King Institute of Preventive Medicine Micro-Biological Section reports 1909-11
Year: 1909
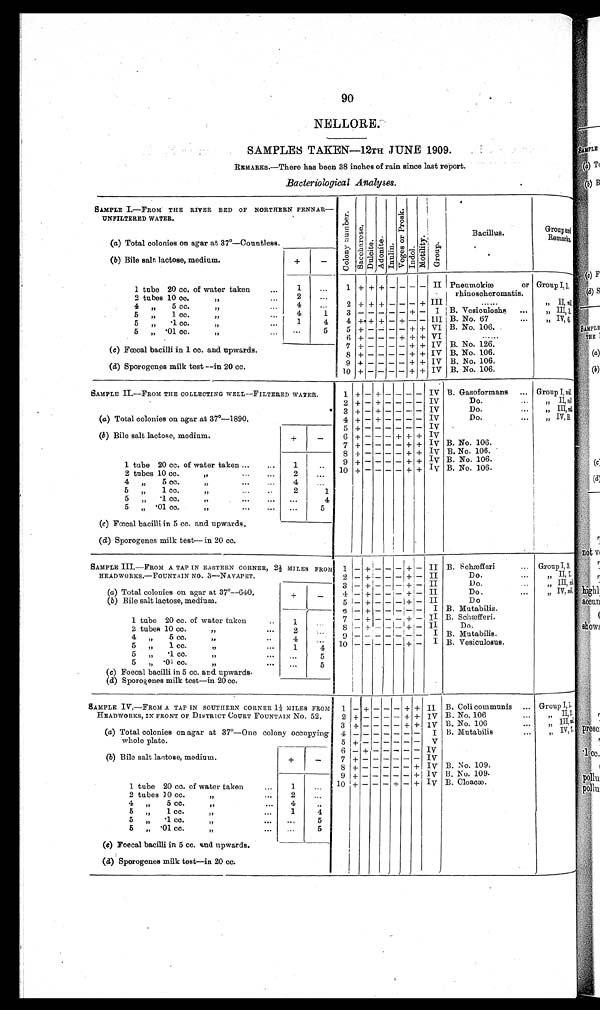
90
NELLORE.
SAMPLES TAKEN—12TH JUNE 1909.
R E M A R K S . — T h e r e h a s b e e n 3 8 i n c h e s o f r a i n s i n c e l a s t r e p o r t . .
Bacteriological Analyses.
SAMPLE I.—FROM THE RIVER BED OF NORTHERN PENNAR—
UNFILTERED WATER.
C o l o n y n u m b e r .
S a c c h a r o s e .
Du l c i t e .
Ad o n i t e .
Inul i n.
Vo g e s o r P r o s k .
I ndol .
Mo t i l i t y .
G r o u p .
Bacillus.
Group and
Remarks.
(a) Total colonies on agar at 37°—Countless.
( b) Bile salt lactose, medium.
+
—
1 tube 20 cc. of water taken
1
...
1 + + + — — — — II Pneumokiæ or
rhinoscheromatis.
Group I, 1.
2 tubes 10 cc.
,,
2
. . .
4 ,,
5 c c . , ,
4
...
2 + + + — — — + III
. . . . . .
,,
II, ni l .
5 „ 1 cc.
,,
...
4
1
3 ————— + — I B. Vesiculoshs
...
„ III , 3.
5
,,
. 1 c c . ,,
1
4
4 + + + — + — — III B. No. 67
...
„ IV, 6.
5
,,
.
0 1 c c .
,,
. . .
5
5 + — ———+ + VI B. No. 106.
6 + — — — + + + VI
......
7 + — — — — + + IV B. No. 126.
(c) Fœcal bacilli i n 1 cc. and upwar ds.
8 + — — — — + + IV B. No. 106.
(d) Sporogenes milk test — in 20 cc.
9 + — — — — + + IV B. No. 106.
10 + ———— + + IV
B. No. 106.
SAMPLE II.—FROM THE COLLECTING WELL—FILTERED WATER.
1
+ — + — — — — IV B. Gasoformans ... Group I, ni l .
2 + — + — ——— IV
Do.
...
„ II, nil.
3 + — + — ——— IV
Do.
...
„ III, nil.
(a) Total colonies on agar at 37°—1890.
4 + — + — — — — IV
Do.
...
„ IV, B.
5 + —————— IV
(b ) Bile salt lactose, medium.
+
—
6 + — — — + + + IV
7 + — — — — + + IV B. No. 106.
8 + — — — — + + IV B. No. 106.
1 tube 20 cc. of water taken ...
...
1
. . 9 + — — — — + + IV B. No. 106.
2 tubes 10 cc.
„
...
...
2
...
10 + — — — — + + IV B. No. 106.
4 „ 5 cc.
„
...
...
4
. . .
5 „
1 cc.
„
...
..
2
1
5 „ .1 cc.
„
...
. ..
. . .
4
5 „ .01 cc.
„
...
...
. . .
5
(c) Fœcal bacilli in 5 cc. and upwards.
( d) Sporogenes milk test— in 20 cc.
SAMPLE III.—FROM A TAP IN EASTERN CORNER, 2½ MILES FROM
HEADWORKS.—FOUNTAIN NO. 3—NAVAPET.
1 — + — — — + — II B. Schæfferi ...
Group I, 3.
2 — + — — — + — II
Do.
..
„ II, 7.
3 —+
—
— — + — II
Do.
...
„ III, nil.
(a) Total colonies on agar at 37°—640.
+
—
4— + — — — + — II
Do .
...
„ IV, ni l .
(b) Bile salt lactose, medium.
5 — + — — — + — II
Do
6 — + — — — — — I B. Mutabilis.
1 tube 20 cc. of water taken
1
. . . 7 — + — — — + — II B. Schæfferi.
2 tubes 10 cc
. „
. . .
2
. . .
8—+ —— — + — II
Do.
4 „ 5 cc.
„
4
. . .
9 ———————
I B. Mutabilis.
5 „ 1 cc.
„
1
4
10 ————— + — I B. Vesiculosus.
5 „ .1 cc.
„
. . .
. . .
5
5 „ .01 cc.
„
. ..
...
5
( c) Fœcal bacilli in 5 cc. and upwards.
(d) Sporogenes milk test—in 20 cc.
SAMPLE IV.—FROM A TAP IN SOUTHERN CORNER 1¼ MILES FROM
HEADWORKS, IN FRONT OF DISTRICT COURT FOUNTAIN N O . 5 2 .
1 — + — — — + + II B. Coli communis ... Group I,1.
2 + — — — — + + IV B. No. 106
„
II,
2.
3 + — — — — + + IV B. No. 106
„
III,
n i l .
(a) Total colonies on agar at 370°—One colony occupying
whole plate.
4 ——————— I B. Mutabilis
„
IV, 1.
5 + —————— V
6 — + ————— IV
(b) Bile salt lactose, medium.
+
—
7 + —————— IV
8 + ————— + IV B. No. 109.
9 + ————— + IV B. No. 109.
1 tube 20 cc. of water taken
...
1
. . .
10 + — — — + — + IV B. Cloacæ.
2 tubes 10 cc.
„
2
...
4 „ 5 cc.
„
. . .
4
..
5 „
1 cc.
„
, )
1
4
5 „ .1 cc.
„
...
. . .
5
5 „ . 01 cc.
„
..
.
. . .
5
(c) Foecal bacilli in 5 cc. and upwards.
(d) Sporogenes milk test—in 20 cc.